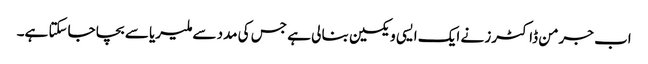
اب جرمن ڈاکٹرز نے ایک ایسی ویکسین بنا لی ہے جس کی مدد سے ملیریا سے بچا جاسکتا ہے۔